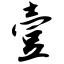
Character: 壹